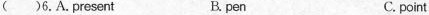
( )6. A. Present B. pen C. point